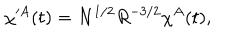
\chi ^ { \prime A } ( t ) = N ^ { 1 / 2 } R ^ { - 3 / 2 } \chi ^ { A } ( t ) ,